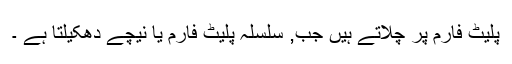
پلیٹ فارم پر چلاتے ہیں جب, سلسلہ پلیٹ فارم یا نیچے دھکیلتا ہے ۔